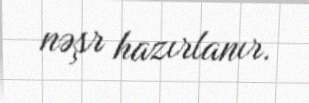
nəşr hazırlanır.